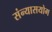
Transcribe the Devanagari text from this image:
संन्यासयोग